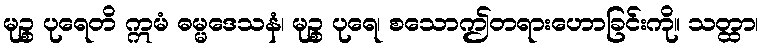
မုဉ္စ ပုရေတိ ဣမံ ဓမ္မဒေသနံ၊ မုဉ္စ ပုရေ၊ စသောဤတရားဟောခြင်းကို။ သတ္ထာ၊